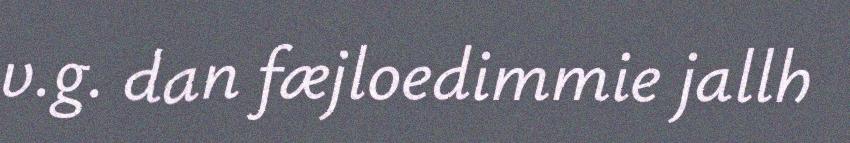
v.g. dan fæjloedimmie jallh